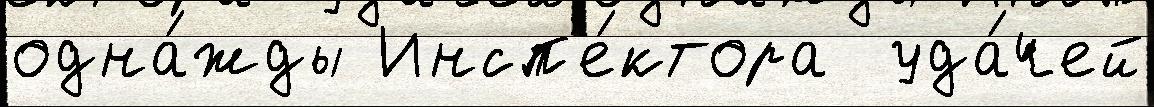
одна́жды Инсп'е́ктора  уда́чей